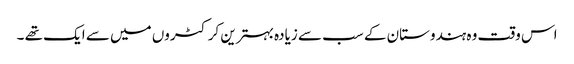
اس وقت وہ ہندوستان کے سب سے زیادہ بہترین کرکٹروں میں سے ایک تھے ۔